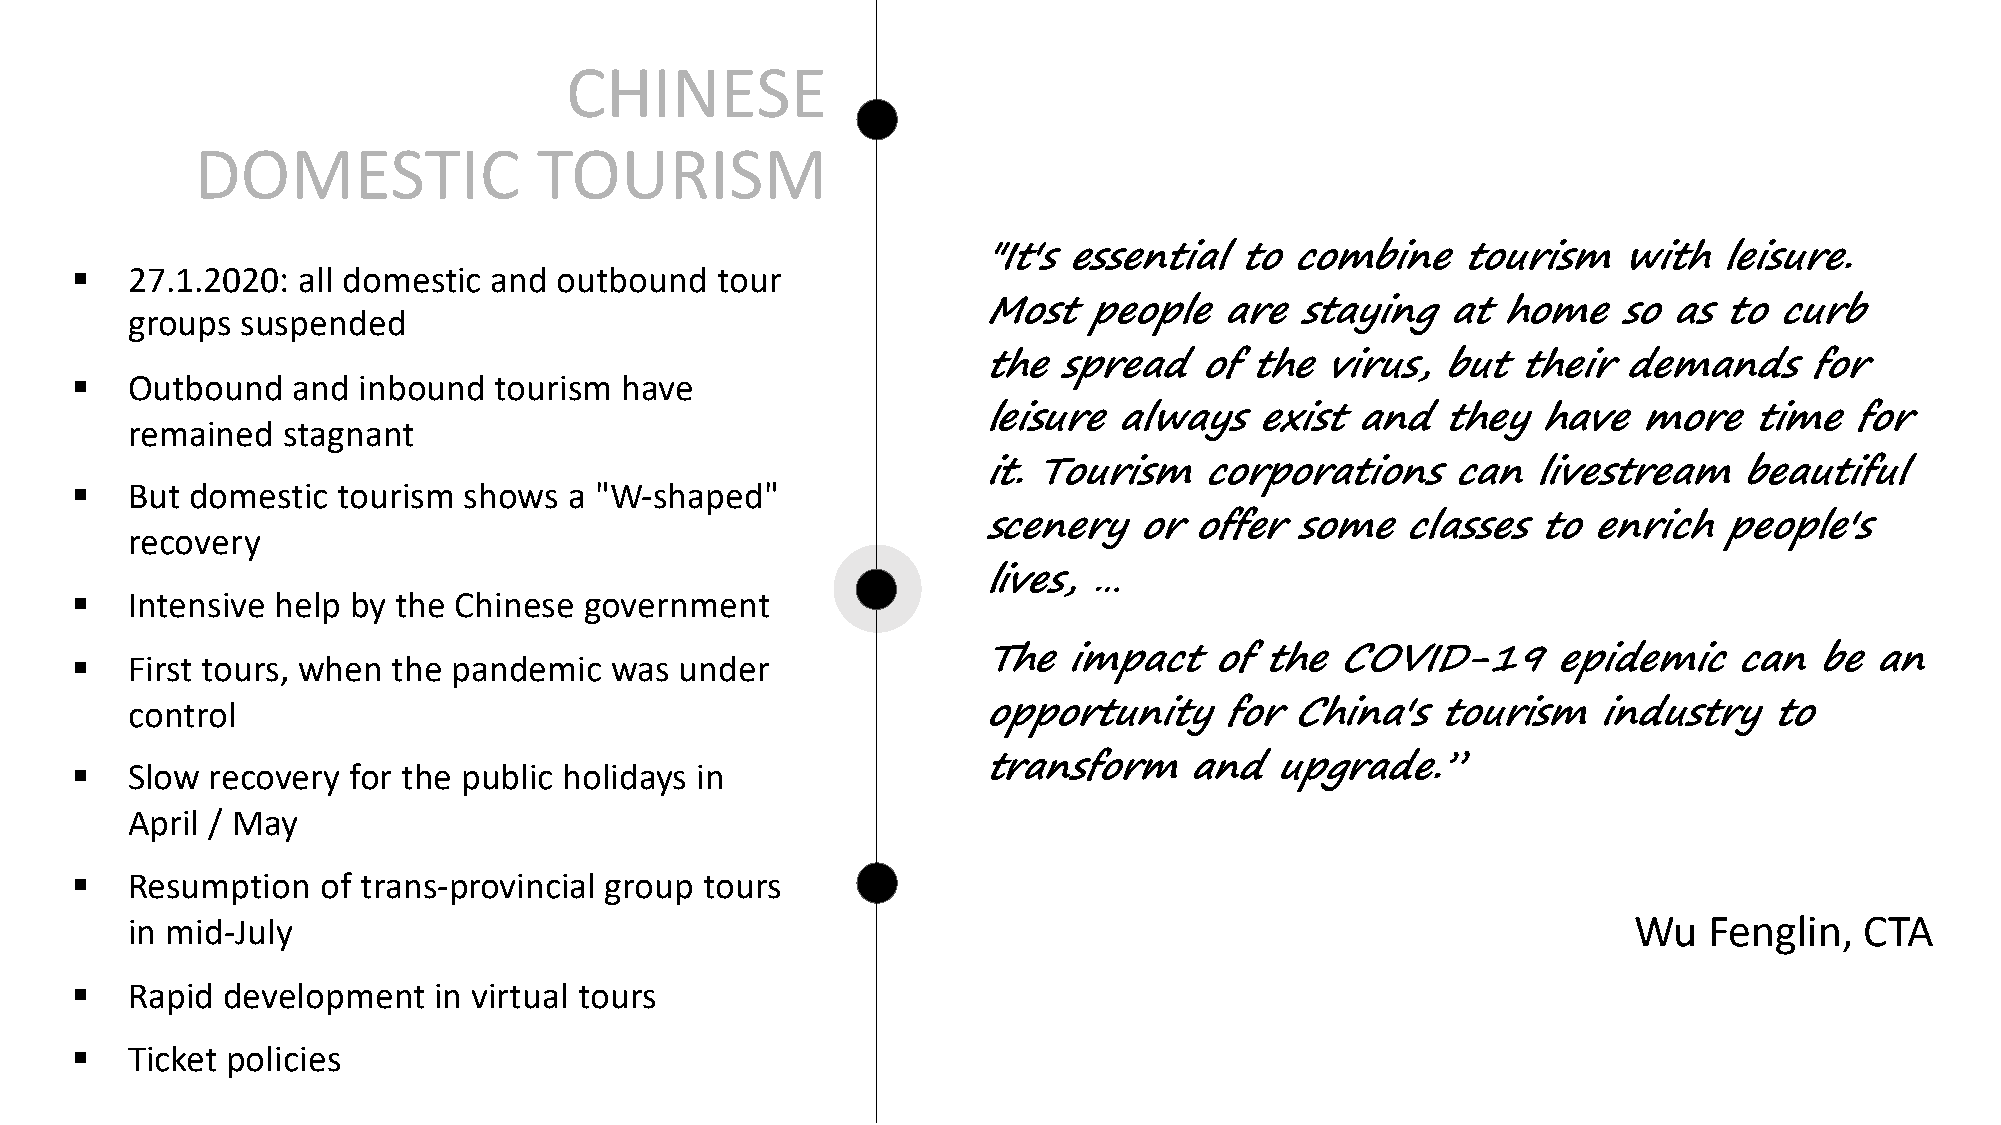
CHINESE
 DOMESTIC               TOURISM
 "It's essential  to combine     tourism   with   leisure.
 §  27.1.2020:  all domestic and outbound  tour
 groups  suspended                                        Most   people   are  staying   at home    so as  to curb
 the  spread   of the  virus,  but  their  demands     for
 §  Outbound   and  inbound  tourism have
 leisure  always   exist  and  they   have  more    time  for
 remained   stagnant
 it. Tourism   corporations     can  livestream    beautiful
 §  But  domestic tourism  shows  a "W-shaped"
 scenery   or  offer  some   classes  to enrich   people's
 recovery
 lives, …
 §  Intensive help by the Chinese  government
 §  First tours, when the pandemic  was  under               The  impact    of the  COVID-19       epidemic    can  be  an
 control
 opportunity     for China's   tourism    industry   to
 §  Slow  recovery for the public holidays in                transform    and   upgrade.”
 April / May
 §  Resumption   of trans-provincial group tours
 in mid-July                                                                                         Wu   Fenglin,  CTA
 §   Rapid development   in virtual tours
 §   Ticket policies